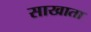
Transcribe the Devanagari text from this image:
साखाता